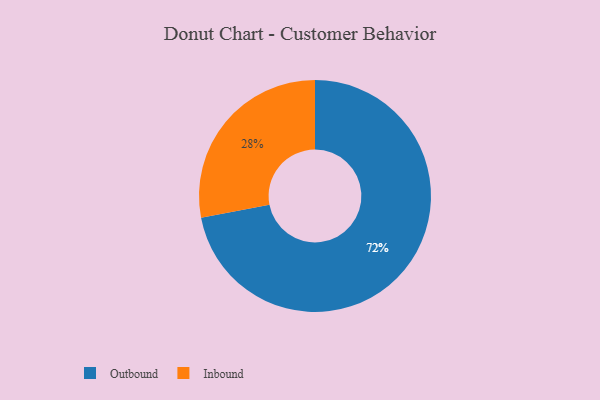
{"axis": {"x": "Category", "y": "Percentage"}, "legend": ["Inbound", "Outbound"], "data": [{"x": "Inbound", "y": 28, "type": "Inbound"}, {"x": "Outbound", "y": 72, "type": "Outbound"}]}